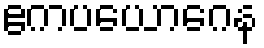
ဧကပယောဂေန